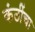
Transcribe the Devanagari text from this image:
कंठींचा